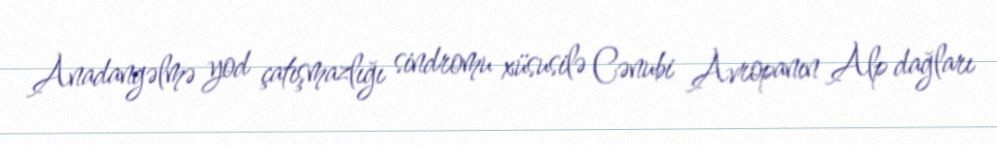
Anadangəlmə yod çatışmazlığı sindromu xüsusilə Cənubi Avropanın Alp dağları